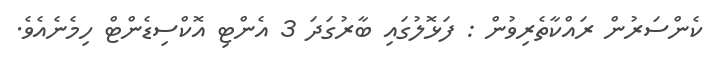
ކެންސަރުން ރައްކާތެރިވުން : ފަޅޮލުގައި ބާރުގަދަ 3 އެންޓި އޮކްސިޑެންޓް ހިމެނެއެވެ.